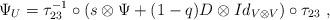
LaTeX: \begin{align*}\Psi_U=\tau_{23}^{-1}\circ (s\otimes \Psi+(1-q) D\otimes Id_{V\otimes V})\circ \tau_{23}\ ,\end{align*}